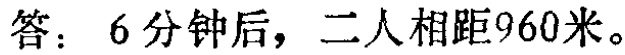
答：6分钟后，二人相距960米。